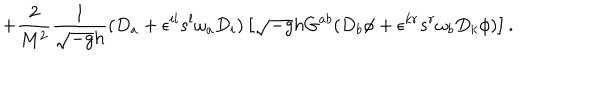
+ \frac { 2 } { M ^ { 2 } } \frac { 1 } { \sqrt { - g } h } ( D _ { a } + \epsilon ^ { i l } s ^ { l } \omega _ { a } D _ { i } ) \left[ \sqrt { - g } h G ^ { a b } ( D _ { b } \phi + \epsilon ^ { k r } s ^ { r } \omega _ { b } D _ { k } \phi ) \right] .